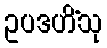
ဥပဒဟိံသု